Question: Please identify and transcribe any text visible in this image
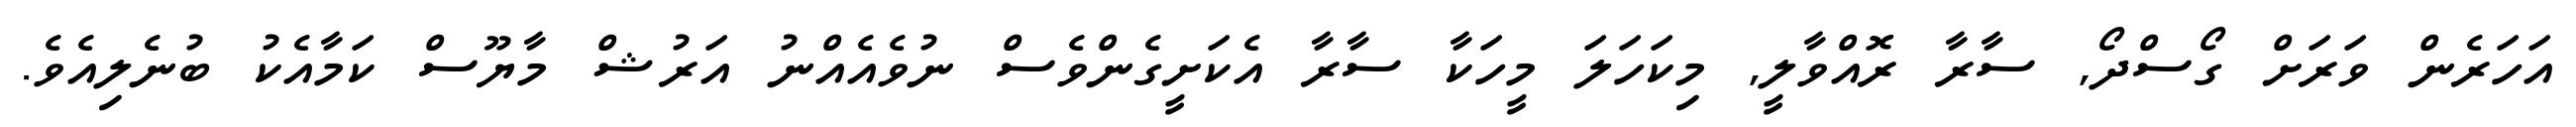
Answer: އަހަރެން ވަރަށް ގޯސްދޯ, ސާރާ ރޮއްވާލީ, މިކަހަލަ މީހަކާ ސާރާ އެކަށީގެންވެސް ނުވެއެއްނު އަރުޝް މާޔޫސް ކަމާއެކު ބުނެލިއެވެ.